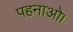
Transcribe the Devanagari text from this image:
पहनाओ।